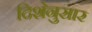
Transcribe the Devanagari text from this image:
दिशेनुसार